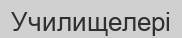
Училищелері